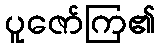
ပူဇော်ကြ၏